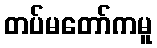
တပ်မတော်ကမူ